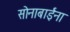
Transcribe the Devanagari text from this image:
सोनाबाईंना